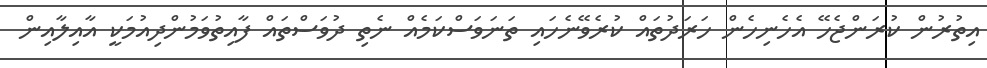
އިތުރުން ކުރަންޖެހޭ އެހެނިހެން ހަރަދުތައް ކުރެވޭނެހައި ތަނަވަސްކަމެއް ނެތި ދުވަސްތައް ފާއިތުވަމުންދިއުމަކީ އާއިލާއިން